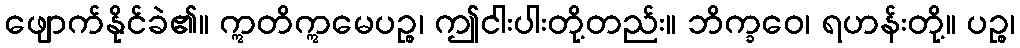
ဖျောက်နိုင်ခဲ၏။ ဣတိဣမေပဉ္စ၊ ဤငါးပါးတို့တည်း။ ဘိက္ခဝေ၊ ရဟန်းတို့။ ပဉ္စ၊